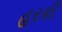
હરકી